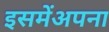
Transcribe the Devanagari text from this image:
इसमेंअपना